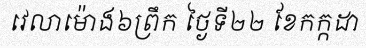
វេលាម៉ោង៦ព្រឹក ថ្ងៃទី២២ ខែកក្កដា